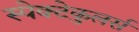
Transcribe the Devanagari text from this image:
स्पेक्टेकुलर्स